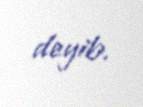
deyib.